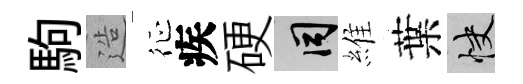
駒造征疾硬间維葉快